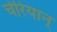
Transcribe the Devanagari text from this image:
चेरियान्